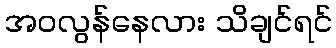
အဝလွန်နေလား သိချင်ရင်